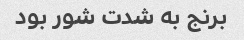
برنج به شدت شور بود